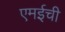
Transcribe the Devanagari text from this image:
एमईची